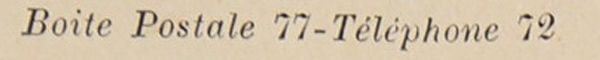
Boite Postale 77-Téléphone 72